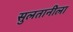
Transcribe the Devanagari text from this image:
सुलतानीला